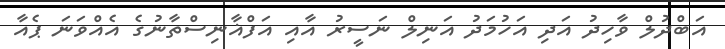
އަބްދުލް ވާހިދު އަދި އަހުމަދު އަނިލް ނަސީރު އާއި އަފްޣާނިސްތާނުގެ އެއްވަނަ ޕެއާ